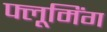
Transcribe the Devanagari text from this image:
फ्लूमिंग